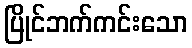
ပြိုင်ဘက်ကင်းသော